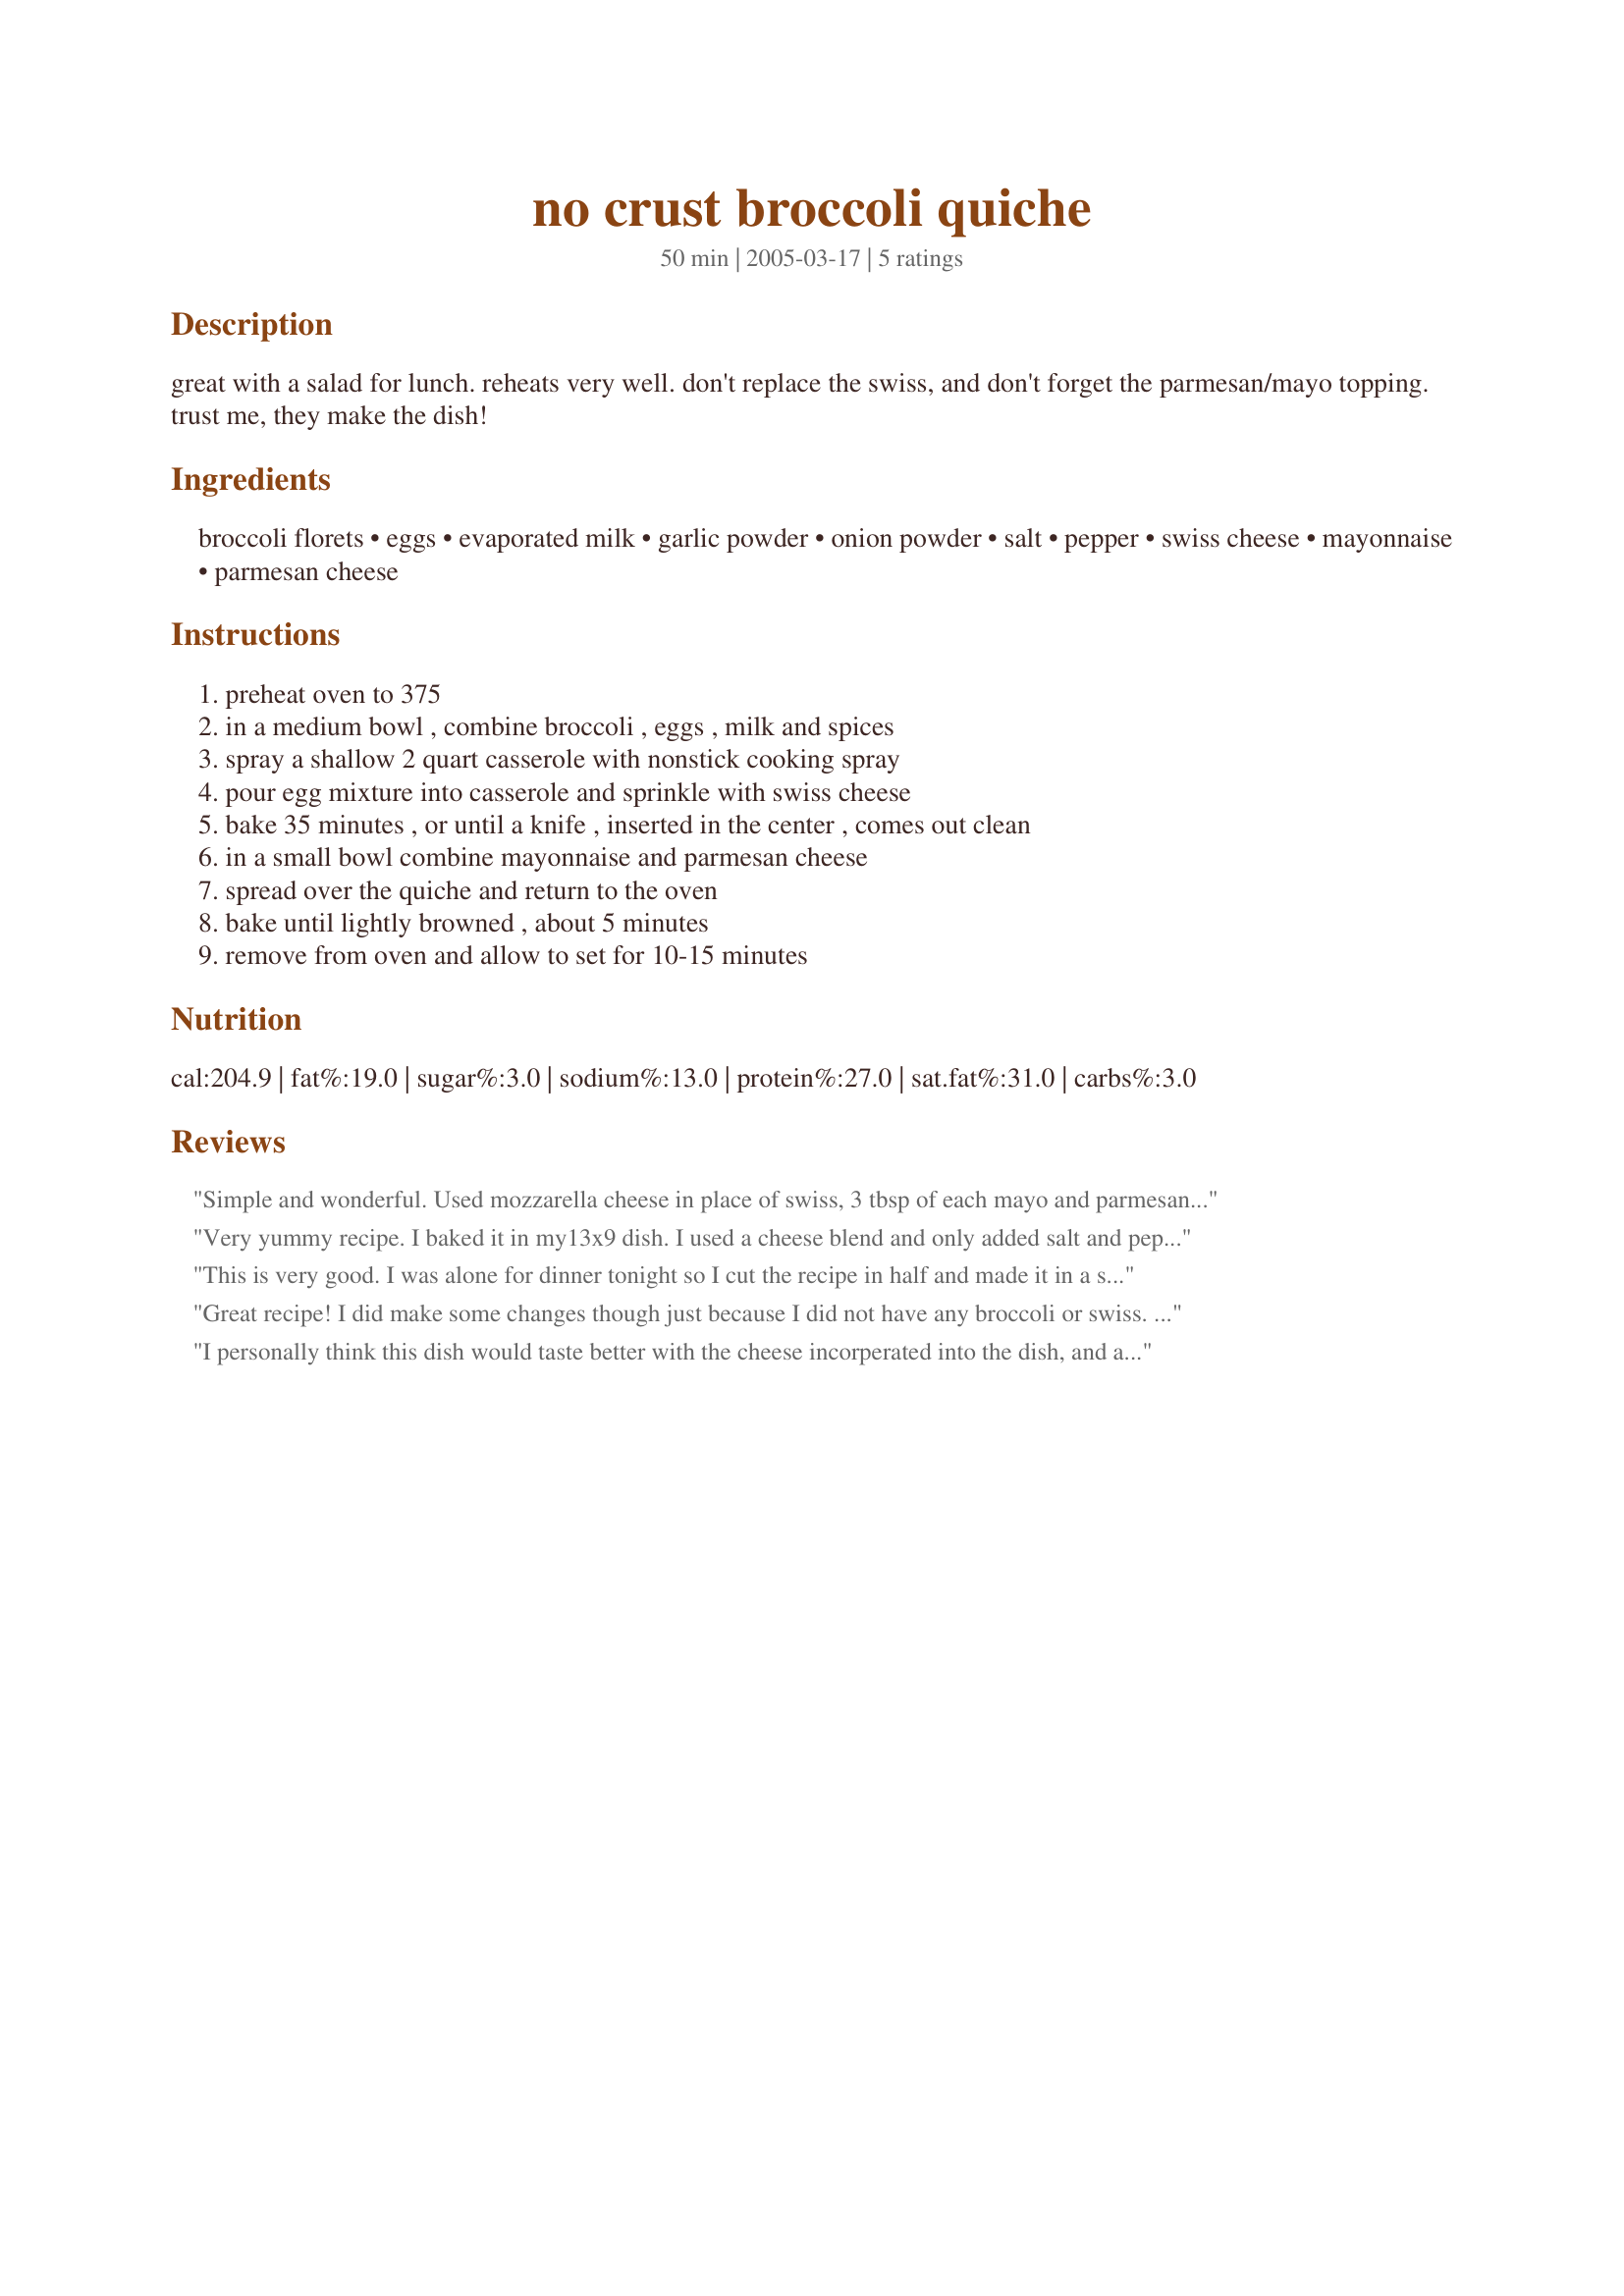
no crust broccoli quiche
Preparation time: 50 minutes

great with a salad for lunch. reheats very well. don't replace the swiss, and don't forget the parmesan/mayo topping. trust me, they make the dish!

Ingredients:
broccoli florets, eggs, evaporated milk, garlic powder, onion powder, salt, pepper, swiss cheese, mayonnaise, parmesan cheese

Steps:
preheat oven to 375, in a medium bowl , combine broccoli , eggs , milk and spices, spray a shallow 2 quart casserole with nonstick cooking spray, pour egg mixture into casserole and sprinkle with swiss cheese, bake 35 minutes , or until a knife , inserted in the center , comes out clean, in a small bowl combine mayonnaise and parmesan cheese, spread over the quiche and return to the oven, bake until lightly browned , about 5 minutes, remove from oven and allow to set for 10-15 minutes

Reviews:
Simple and wonderful. Used mozzarella cheese in place of swiss, 3 tbsp of each mayo and parmesan. Also peeled and diced stalks in with florets. This made 2 9" pie dishes. I made them intending to pop them both in the freezer but only one made it there..we had the other one right away - gorgeous! Thanks!!
Very yummy recipe. I baked it in my13x9 dish. I used a cheese blend and only added salt and pepper. I added about 1 tsp of kosher salt but I think i will add more next time. It was very easy to make. If you bake it in a 13x9 it will speed up the cooking time to about 20 minutes. I also served it with some country potatoes. the DH loved it.
This is very good. I was alone for dinner tonight so I cut the recipe in half and made it in a small casserole dish. I didn't have any swiss cheese, so I used pepperjack instead. It was good, but I bet it's great with the swiss. Don't leave out the mayo and the parmesan - they make the dish!
Great recipe! I did make some changes though just because I did not have any broccoli or swiss. Instead, I used cut up ham and pepper jack cheese. It came out awesome! The pepper jack cheese gave the dish a nice kick!
I personally think this dish would taste better with the cheese incorperated into the dish, and a more flavorful cheese such as sharp cheddar. Probably more than 1/2 cup also. Seasonings are of course a personal taste but I felt this needed more seasoning. This is a very easy dish to perpare but not something I would make again.
